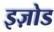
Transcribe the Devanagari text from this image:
इज़ोड